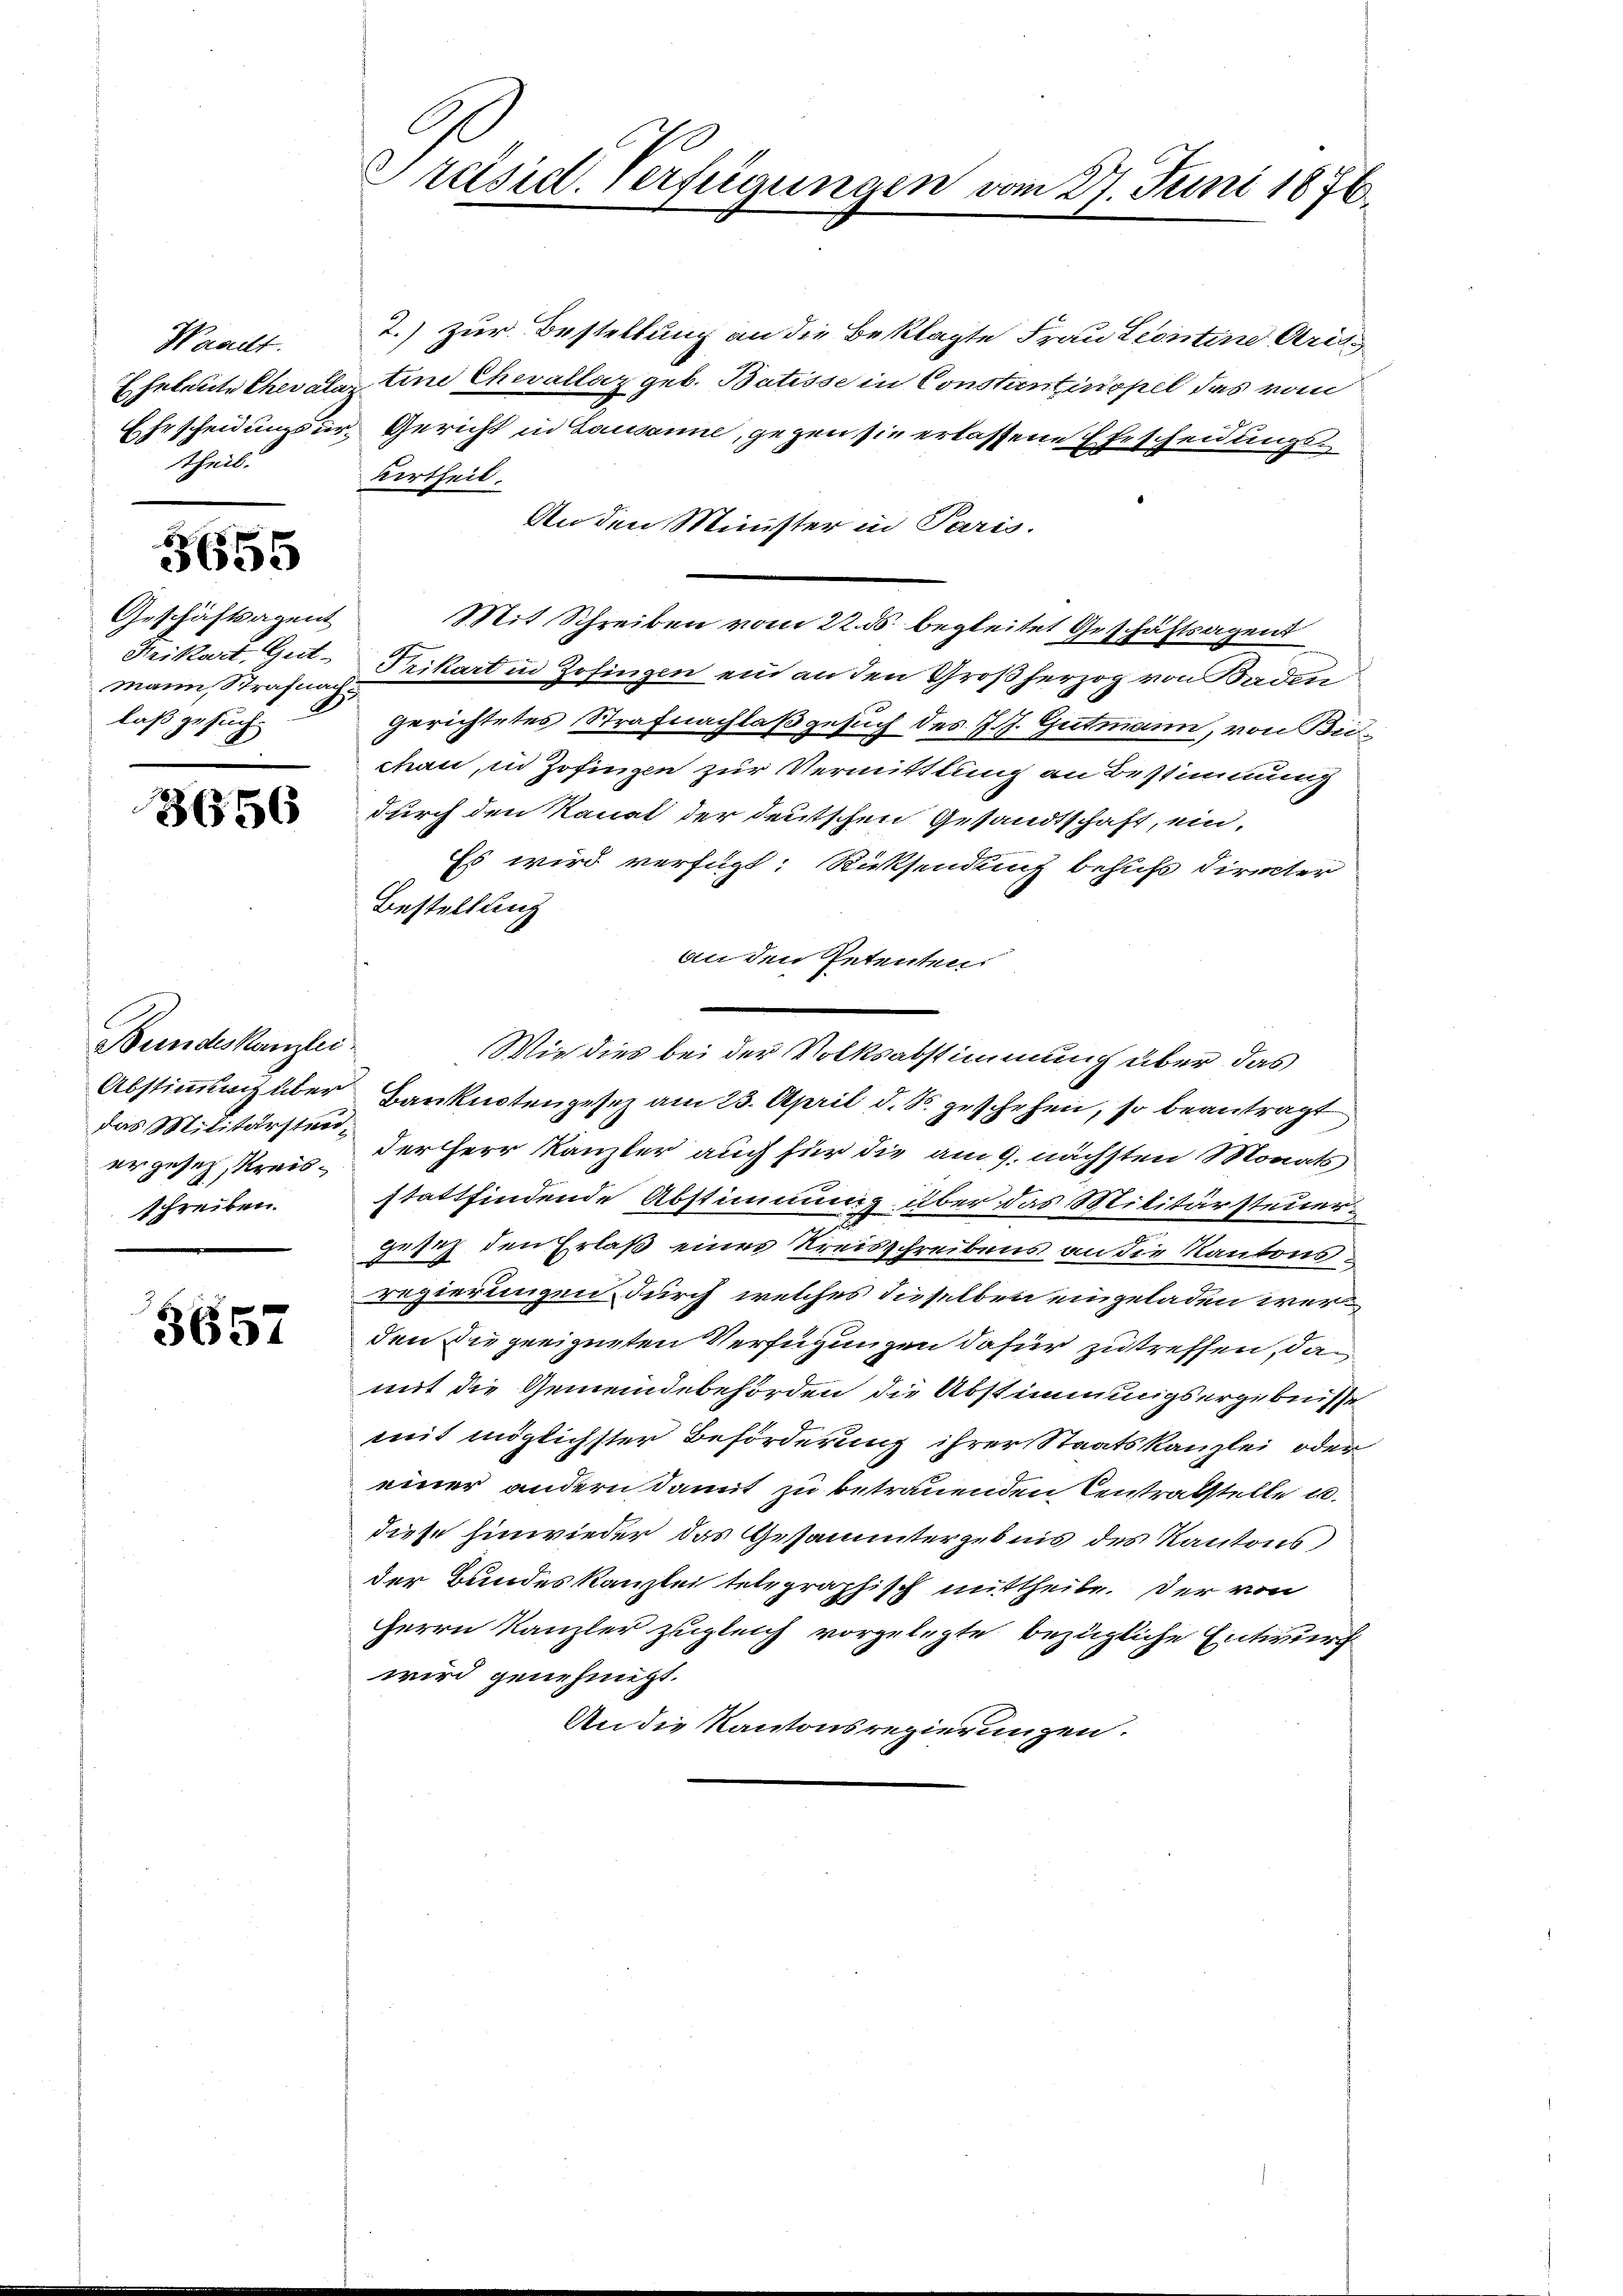
Wacllt.
theil.

3655

Geschäftsagent
mann, Strafnach
laß gesucht

3656

Bundeskanzlei
das Militärstenergesen, Kreisschreiben.

5657

7.) zur Bestellung an die Beklagte Frau Leontine Aris
Eheleute Chevalaz tine Chevallaz geb. Batisse in Constientinopel das vom
Ehrscheidungsur. Gericht in Lausanne, gegen sie erlassene Ehescheidungs¬
Vertheil.
An den Minister in Paris.
Mit Schreiben vom 22. ds. begleitet Geschäftsagent
Frikart, Gut-Prikart in Zofingen ein an den Großherzog von Baden
Gerichtetes Strafnachlaß gesuch des J. J. Gutmann, von Biechan, in Zofingen zur Vermittlung an Bestimmung
durch den Kanal der deutschen Gesandtschaft, ein,
Es wird verfügt: Rücksendung behufs direter
Bestellung
an den Petenten
Wie dies bei der Volksabstimmung über das
Abstimmung über Banknotengesez am 23. April d. Js. geschehen, so beantragt
der Herr Kanzler auch für die am 9. nächsten Monats
stattfindende Abstimmung über das Militärsteuer
Gesez den Erlaß eines Kreisschreibens an die Kantonsregierungen durch welches dieselben eingeladen werden die geeigneten Verfügungen dafür zu treffen, da
mit die Gemeindebehörden die Abstimmungsergebnisse
mit möglichster Beförderung ihrer Staatskanzlei oder
einer andern damit zu betrauenden Centratstelle u.
diese hinwieder das Gesammtergebnis des Kantons
der Bundeskanzlei telegraphisch mittheile. Der von
Herrn Kanzler zugleich vorgelegte bezügliche Entwurf
wird genehmigt.
An die Kantonsregierungen.

E
Präsid. Verfügungen vom 27. Juni 1876.